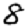
Digit: 8